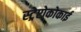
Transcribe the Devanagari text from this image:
स्ट्रेप्टोकोकाई